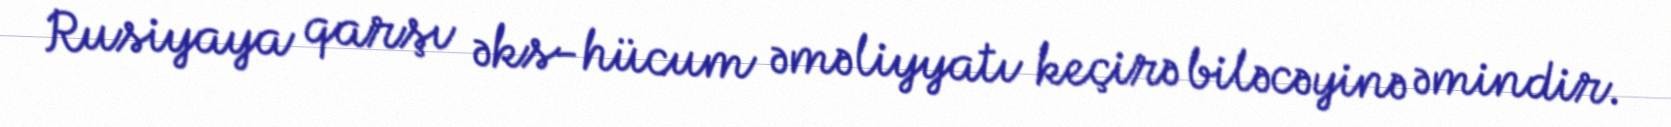
Rusiyaya qarşı əks-hücum əməliyyatı keçirə biləcəyinə əmindir.